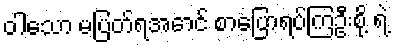
ဝါသော မပြတ်ရအောင် စာပြောရပ်ကြဦးစို့ ရဲ့